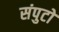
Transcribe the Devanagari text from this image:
संपुटों